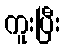
ကူးပြီး